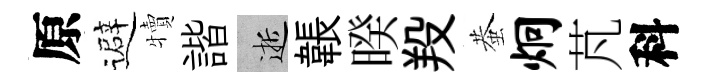
原避犢諧逝韔暌羖蛬炯芃科